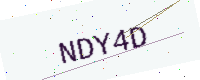
Text: NDY4D